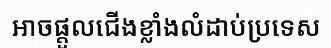
អាចផ្តួលជើងខ្លាំងលំដាប់ប្រទេស